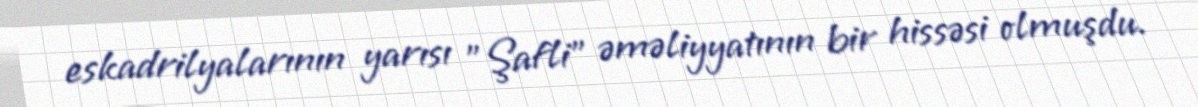
eskadrilyalarının yarısı "Şafli" əməliyyatının bir hissəsi olmuşdu.